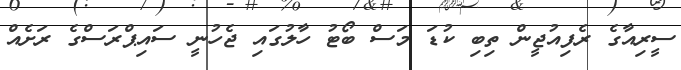
ސީރިއާގެ ރެފިއުޖީން ތިބި ކުޑަ މަސް ބޯޓު ހާލުގައި ޖެހުނީ ސައިޕްރަސްގެ ރަށެއް